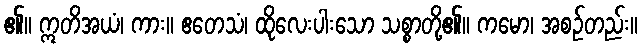
၏။ ဣတိအယံ၊ ကား။ ဧတေသံ၊ ထိုလေးပါးသော သစ္စာတို့၏။ ကမော၊ အစဉ်တည်း။